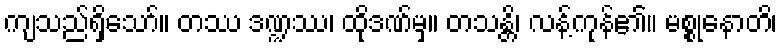
ကျသည်ရှိသော်။ တဿ ဒဏ္ဍဿ၊ ထိုဒဏ်မှ။ တသန္တိ၊ လန့်ကုန်၏။ မစ္စုနောတိ၊